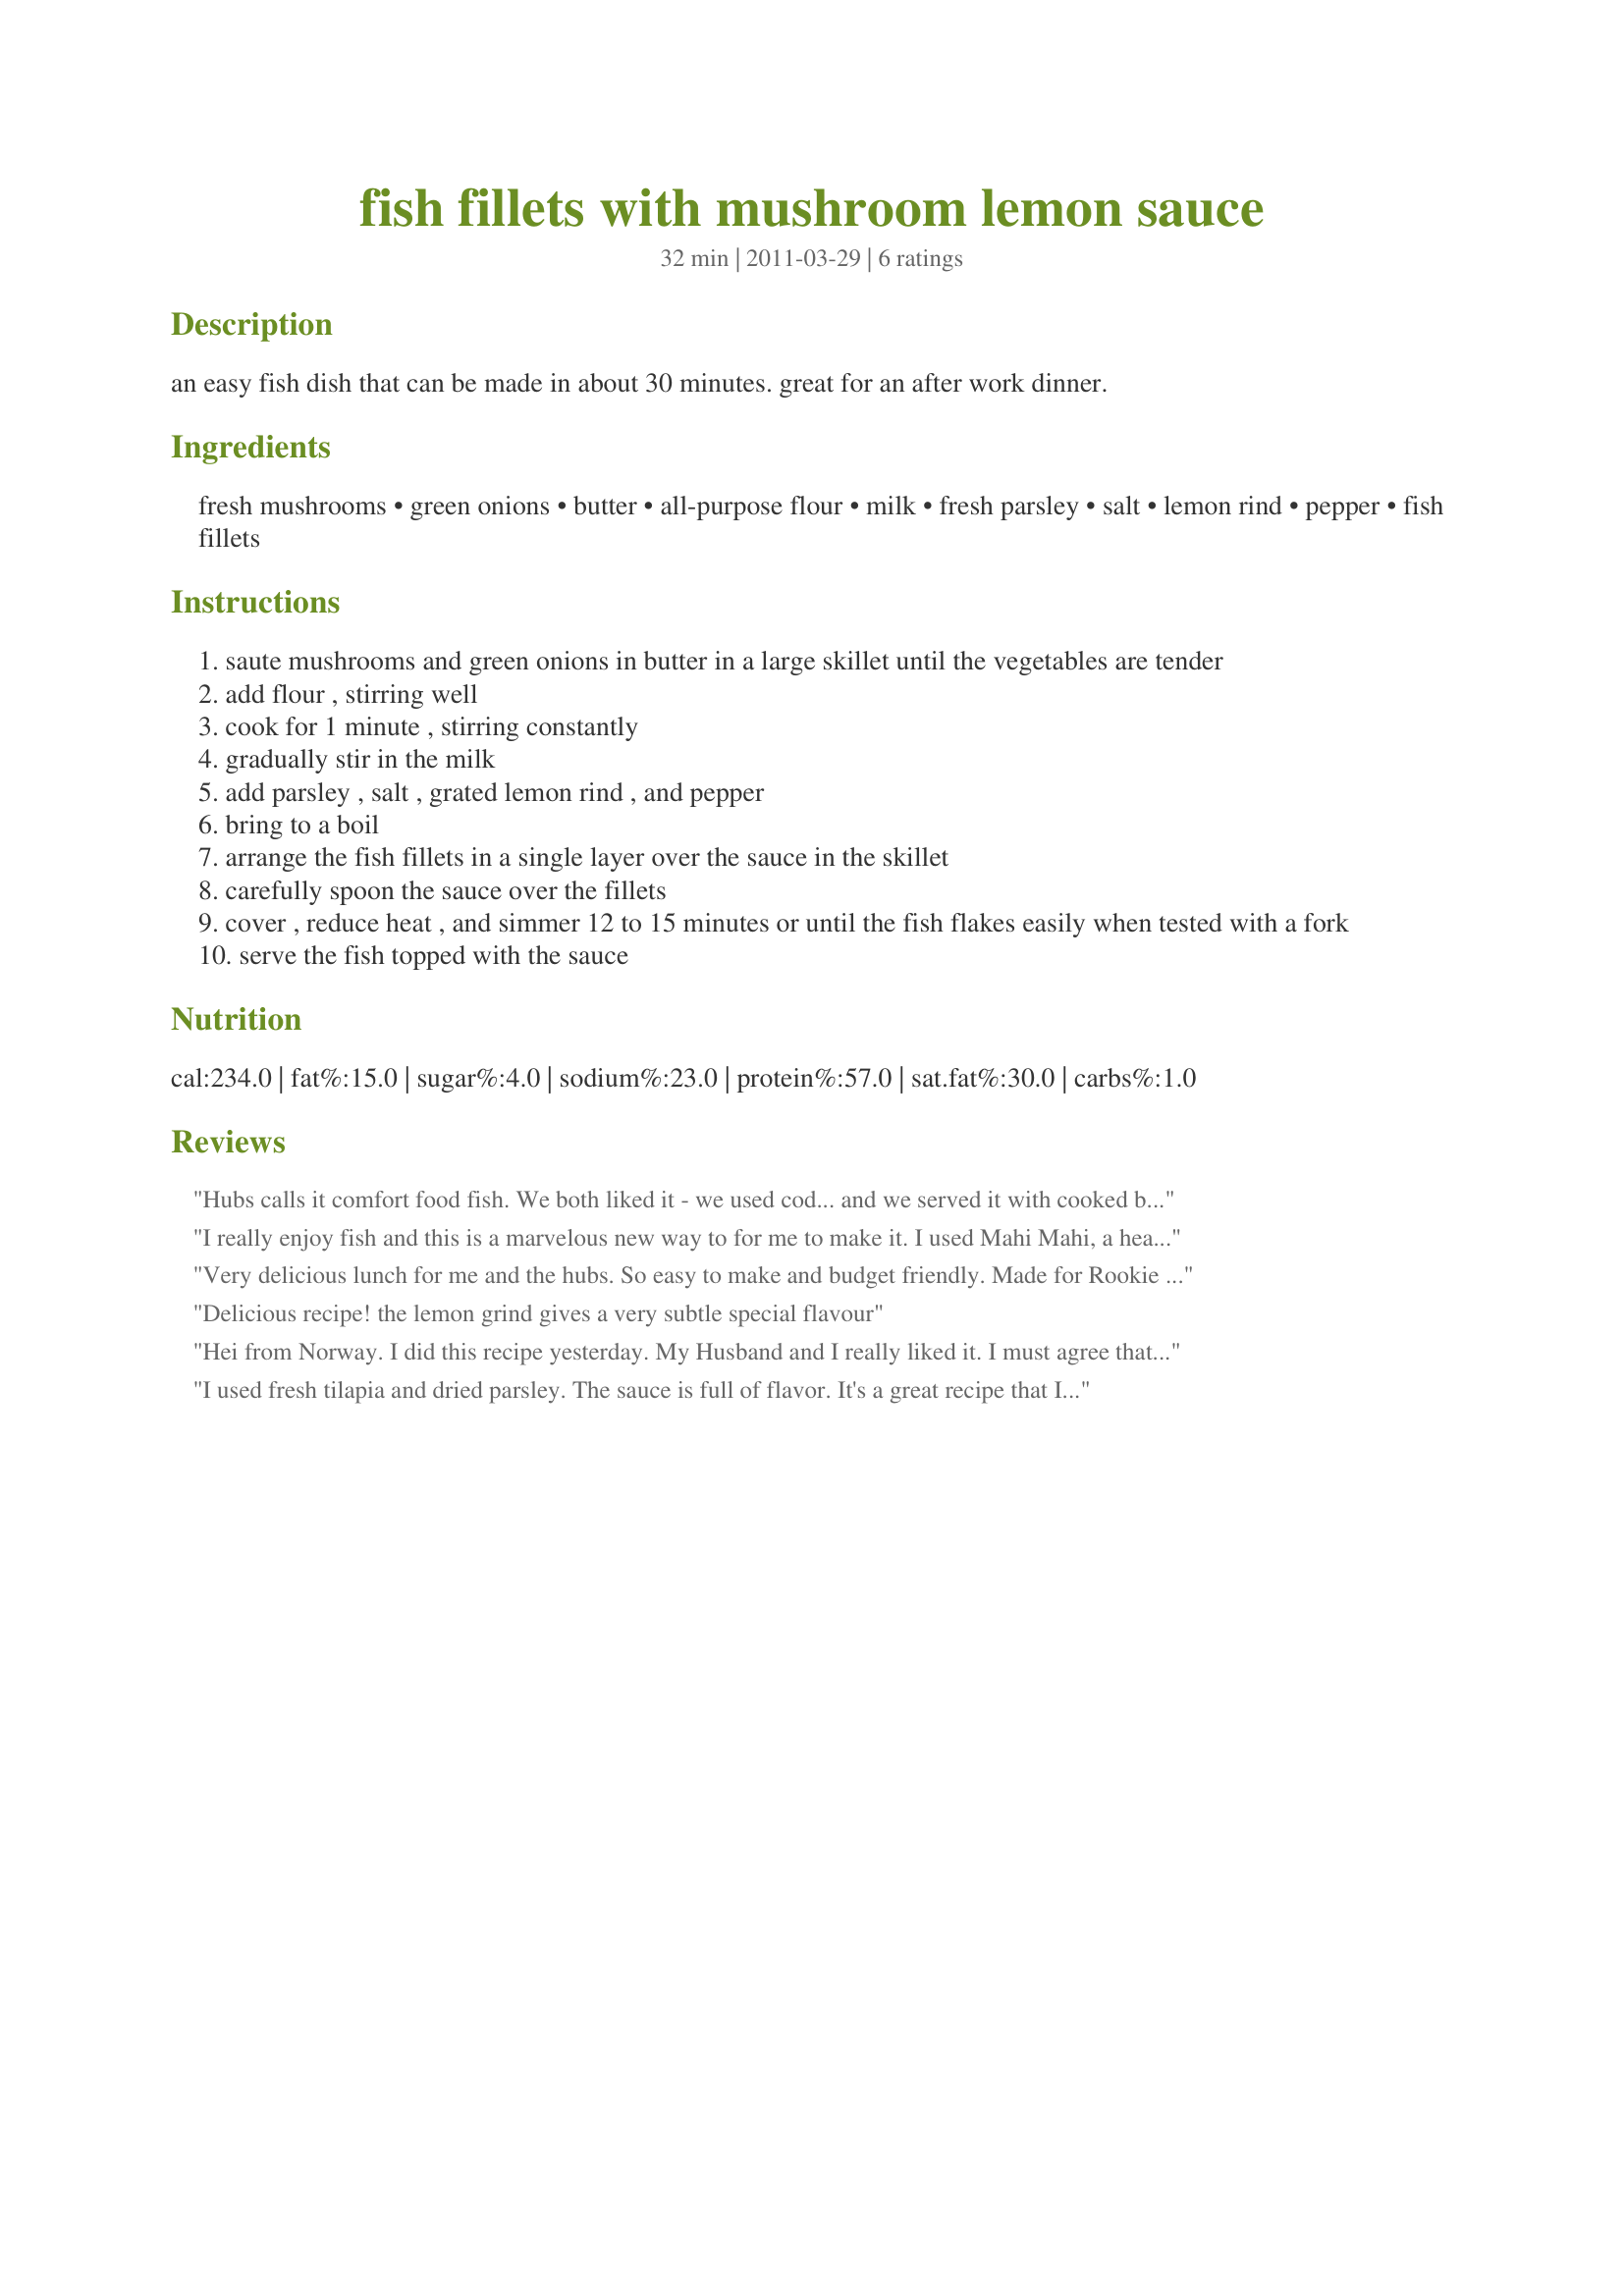
fish fillets with mushroom lemon sauce
Preparation time: 32 minutes

an easy fish dish that can be made in about 30 minutes. great for an after work dinner.

Ingredients:
fresh mushrooms, green onions, butter, all-purpose flour, milk, fresh parsley, salt, lemon rind, pepper, fish fillets

Steps:
saute mushrooms and green onions in butter in a large skillet until the vegetables are tender
add flour , stirring well
cook for 1 minute , stirring constantly
gradually stir in the milk
add parsley , salt , grated lemon rind , and pepper
bring to a boil
arrange the fish fillets in a single layer over the sauce in the skillet
carefully spoon the sauce over the fillets
cover , reduce heat , and simmer 12 to 15 minutes or until the fish flakes easily when tested with a fork
serve the fish topped with the sauce

Reviews:
Hubs calls it comfort food fish. We both liked it - we used cod... and we served it with cooked barley and roasted vegetables. What a nice meal. Thank you for posting.
I really enjoy fish and this is a marvelous new way to for me to make it. I used Mahi Mahi, a heart healthy margarine,lemon pepper and skim milk. This sure tasted like more calories than it actually has and the 30 min time given is pretty much right on for the thick fillet I had.
Very delicious lunch for me and the hubs. So easy to make and budget friendly. Made for Rookie Recipe Tag game. Thanks breezermom for a great recipe.
Delicious recipe! the lemon grind gives a very subtle special flavour
Hei from Norway. I did this recipe yesterday. My Husband and I really liked it. I must agree that the touch of grated lemon is PERFECT. I felt in the Caribbean!!!
I used fresh tilapia and dried parsley. The sauce is full of flavor. It's a great recipe that I'll be doing often with white fish. Thanks Lynette :) Made for 123 hit wonders
